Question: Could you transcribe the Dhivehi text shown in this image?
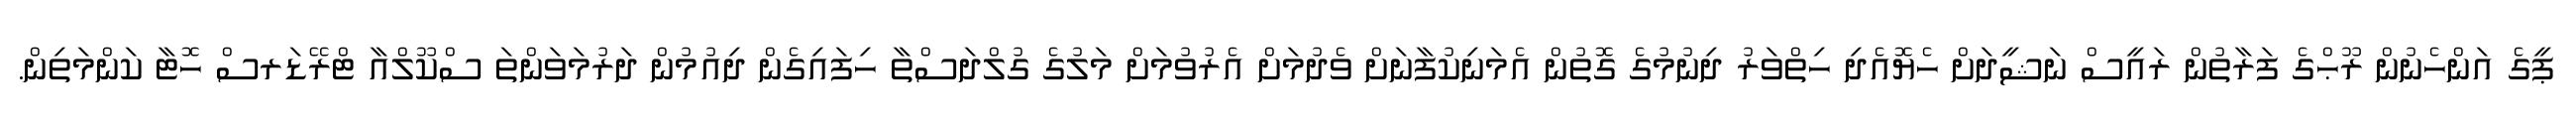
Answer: ޕީގެ އަންހެނުން ރޫޙްގެ ފަރާތުން ރައީސް ނަޝީދަށް ހެޔޮއެދި ހިތްވަރު ދިނުމުގެ ގޮތުން އެމަނިކުފާނަށް ވެދުމަށް އެރުވުމަށް މަލުގެ ގުލްދަސްތާ ހިފައިގެން ދިއުމުން ދަރުމަވަންތަ ސްކޫލްއާ ޓްރޭޑަރސް ހޮޓާ ކަންމަތިން.